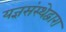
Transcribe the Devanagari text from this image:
यज्ञसंस्थेद्वारा